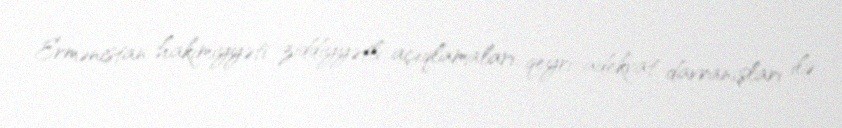
Ermənistan hakimiyyəti ziddiyyətli açıqlamaları, qeyri-adekvat davranışları ilə